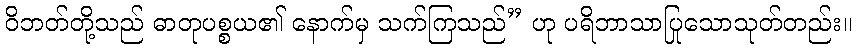
ဝိဘတ်တို့သည် ဓာတုပစ္စယ၏ နောက်မှ သက်ကြသည်” ဟု ပရိဘာသာပြုသောသုတ်တည်း။